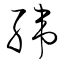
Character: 緯